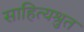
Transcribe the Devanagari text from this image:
साहित्यश्रुत